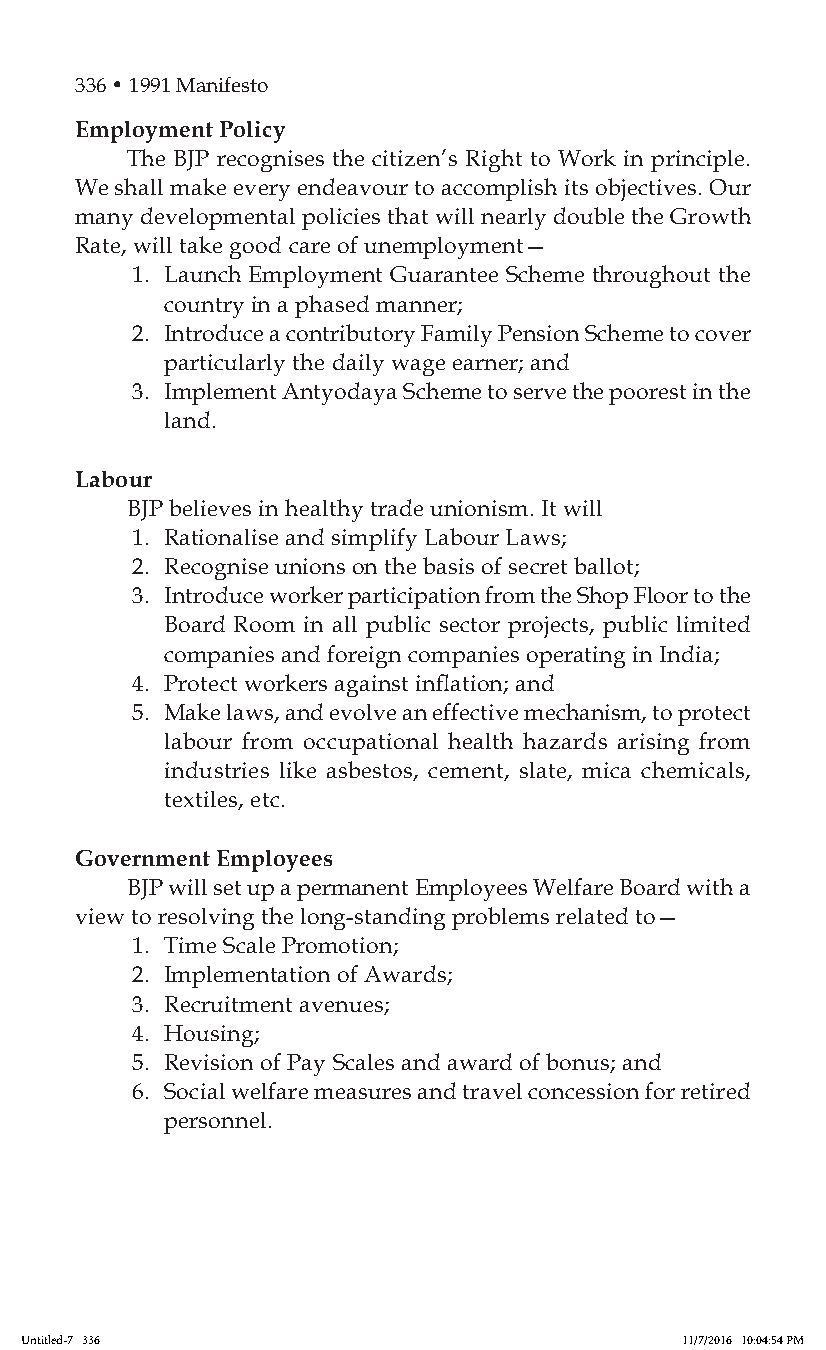
336 • 1991 Manifesto
 Employment Policy
 The BJP recognises the citizen’s Right to Work in principle.
 We shall make every endeavour to accomplish its objectives. Our
 many developmental policies that will nearly double the Growth
 Rate, will take good care of unemployment—
 1. Launch Employment Guarantee Scheme throughout the
 country in a phased manner;
 2. Introduce a contributory Family Pension Scheme to cover
 particularly the daily wage earner; and
 3. Implement Antyodaya Scheme to serve the poorest in the
 land.
 Labour
 BJP believes in healthy trade unionism. It will
 1. Rationalise and simplify Labour Laws;
 2. Recognise unions on the basis of secret ballot;
 3. Introduce worker participation from the Shop Floor to the
 Board Room in all public sector projects, public limited
 companies and foreign companies operating in India;
 4. Protect workers against inflation; and
 5. Make laws, and evolve an effective mechanism, to protect
 labour from occupational health hazards arising from
 industries like asbestos, cement, slate, mica chemicals,
 textiles, etc.
 Government Employees
 BJP will set up a permanent Employees Welfare Board with a
 view to resolving the long-standing problems related to—
 1. Time Scale Promotion;
 2. Implementation of Awards;
 3. Recruitment avenues;
 4. Housing;
 5. Revision of Pay Scales and award of bonus; and
 6. Social welfare measures and travel concession for retired
 personnel.
 Untitled-7 336                              11/7/2016 10:04:54 PM